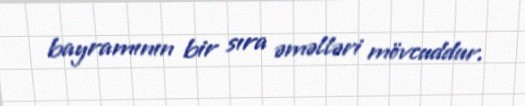
bayramının bir sıra əməlləri mövcuddur.